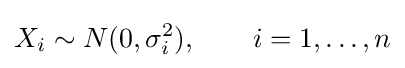
X_{i}\sim N(0,\sigma _{i}^{2}),\qquad i=1,\dots ,n